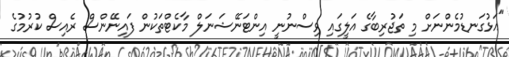
"އަޅުގަނޑުމެންނަށް މި ތަޖުރިބާގެ އަލީގައި ވިސްނުނީ އިންޓަނޭޝަނަލް މާކެޓްތަކުން ފައިނޭންސް ރެއިސް ކުރުމުގެ